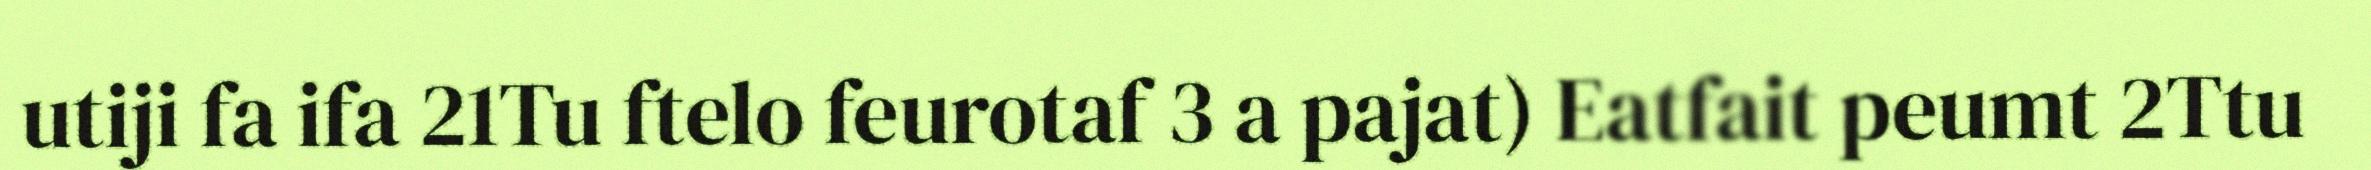
utiji fa ifa 21Tu ftelo feurotaf 3 a pajat) Eatfait peumt 2Ttu